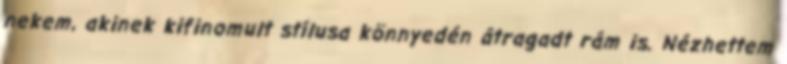
nekem, akinek kifinomult stílusa könnyedén átragadt rám is. Nézhettem